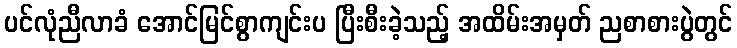
ပင်လုံညီလာခံ အောင်မြင်စွာကျင်းပ ပြီးစီးခဲ့သည့် အထိမ်းအမှတ် ညစာစားပွဲတွင်